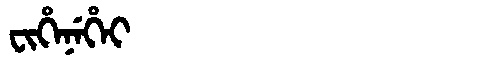
Manchu: ᠸᡳᡥᡝᠨᡝᡥᡝᡳ
Romanization: FIHENEHEI